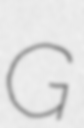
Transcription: G